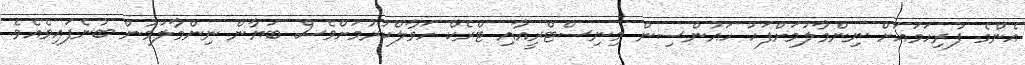
އެންމެ ފުރިހަމައަށް ނިންމާލުމަށްފަހު ހައުންސިން މިނިސްޓްރީއާއި ޓްރެކް ހަވާލްކުރުމަށްވެސް ބަޔާން ނިންމާލަމުން ބުނެފައިވެއެވެ.